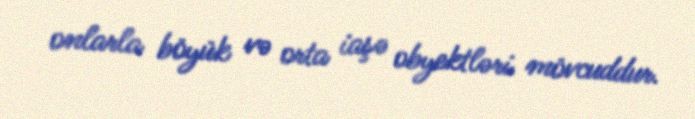
onlarla böyük və orta iaşə obyektləri mövcuddur.